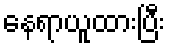
နေရာယူထားပြီး